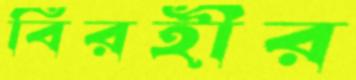
বিরহীর